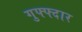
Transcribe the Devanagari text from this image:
गुफ्फ्दार